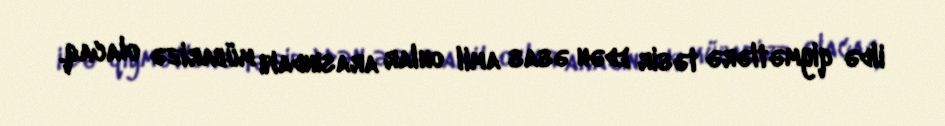
ildə qiymətlərə təsir edən əsas amil onlar arasındakı mübarizə olacaq.